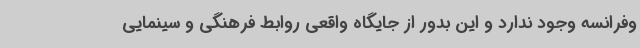
وفرانسه وجود ندارد و این بدور از جایگاه واقعی روابط فرهنگی و سینمایی